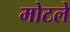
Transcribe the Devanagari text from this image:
मोटले